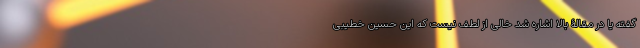
گفته یا در مقالۀ بالا اشاره شد خالی از لطف نیست که این حسین خطیبی